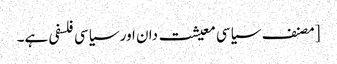
[مصنف سیاسی معیشت دان اور سیاسی فلسفی ہے۔